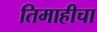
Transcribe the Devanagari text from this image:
तिमाहीचा